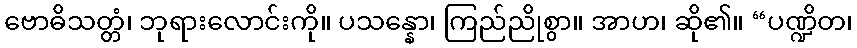
ဗောဓိသတ္တံ၊ ဘုရားလောင်းကို။ ပသန္နော၊ ကြည်ညိုစွာ။ အာဟ၊ ဆို၏။ “ပဏ္ဍိတ၊